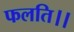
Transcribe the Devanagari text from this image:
फलति।।